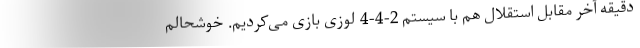
دقیقه آخر مقابل استقلال هم با سیستم 2-4-4 لوزی بازی می‌کردیم. خوشحالم